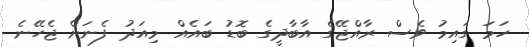
ހަމަ ގައިމު ވެސް ރާއްޖޭގެ އާބާދީގެ ބޮޑު ބައެއް މިއަދު ފެނަށް ޖެހޭނެ